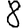
Digit: 8